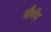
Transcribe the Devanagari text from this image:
मौर्गन